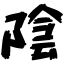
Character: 陰